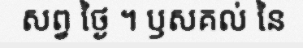
សព្វ ថ្ងៃ ។ ឫសគល់ នៃ